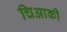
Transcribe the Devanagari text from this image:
चिआकी